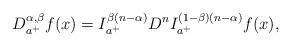
LaTeX: \begin{align*} D_{a^+}^{\alpha,\beta}f(x)=I_{a^+}^{\beta(n-\alpha)}D^{n}I_{a^+}^{(1-\beta)(n-\alpha)}f(x),\end{align*}